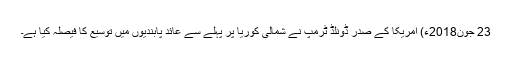
23 جون2018ء) امریکا کے صدر ڈونلڈ ٹرمپ نے شمالی کوریا پر پہلے سے عائد پابندیوں میں توسیع کا فیصلہ کیا ہے۔